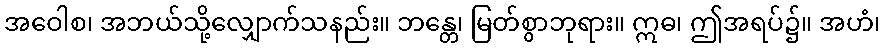
အဝေါစ၊ အဘယ်သို့လျှောက်သနည်း။ ဘန္တေ၊ မြတ်စွာဘုရား။ ဣဓ၊ ဤအရပ်၌။ အဟံ၊